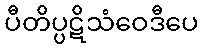
ပီတိပ္ပဋိသံဝေဒီပေ